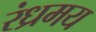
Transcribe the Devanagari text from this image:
रंध्रमय